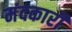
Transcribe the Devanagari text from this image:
मंदकारी